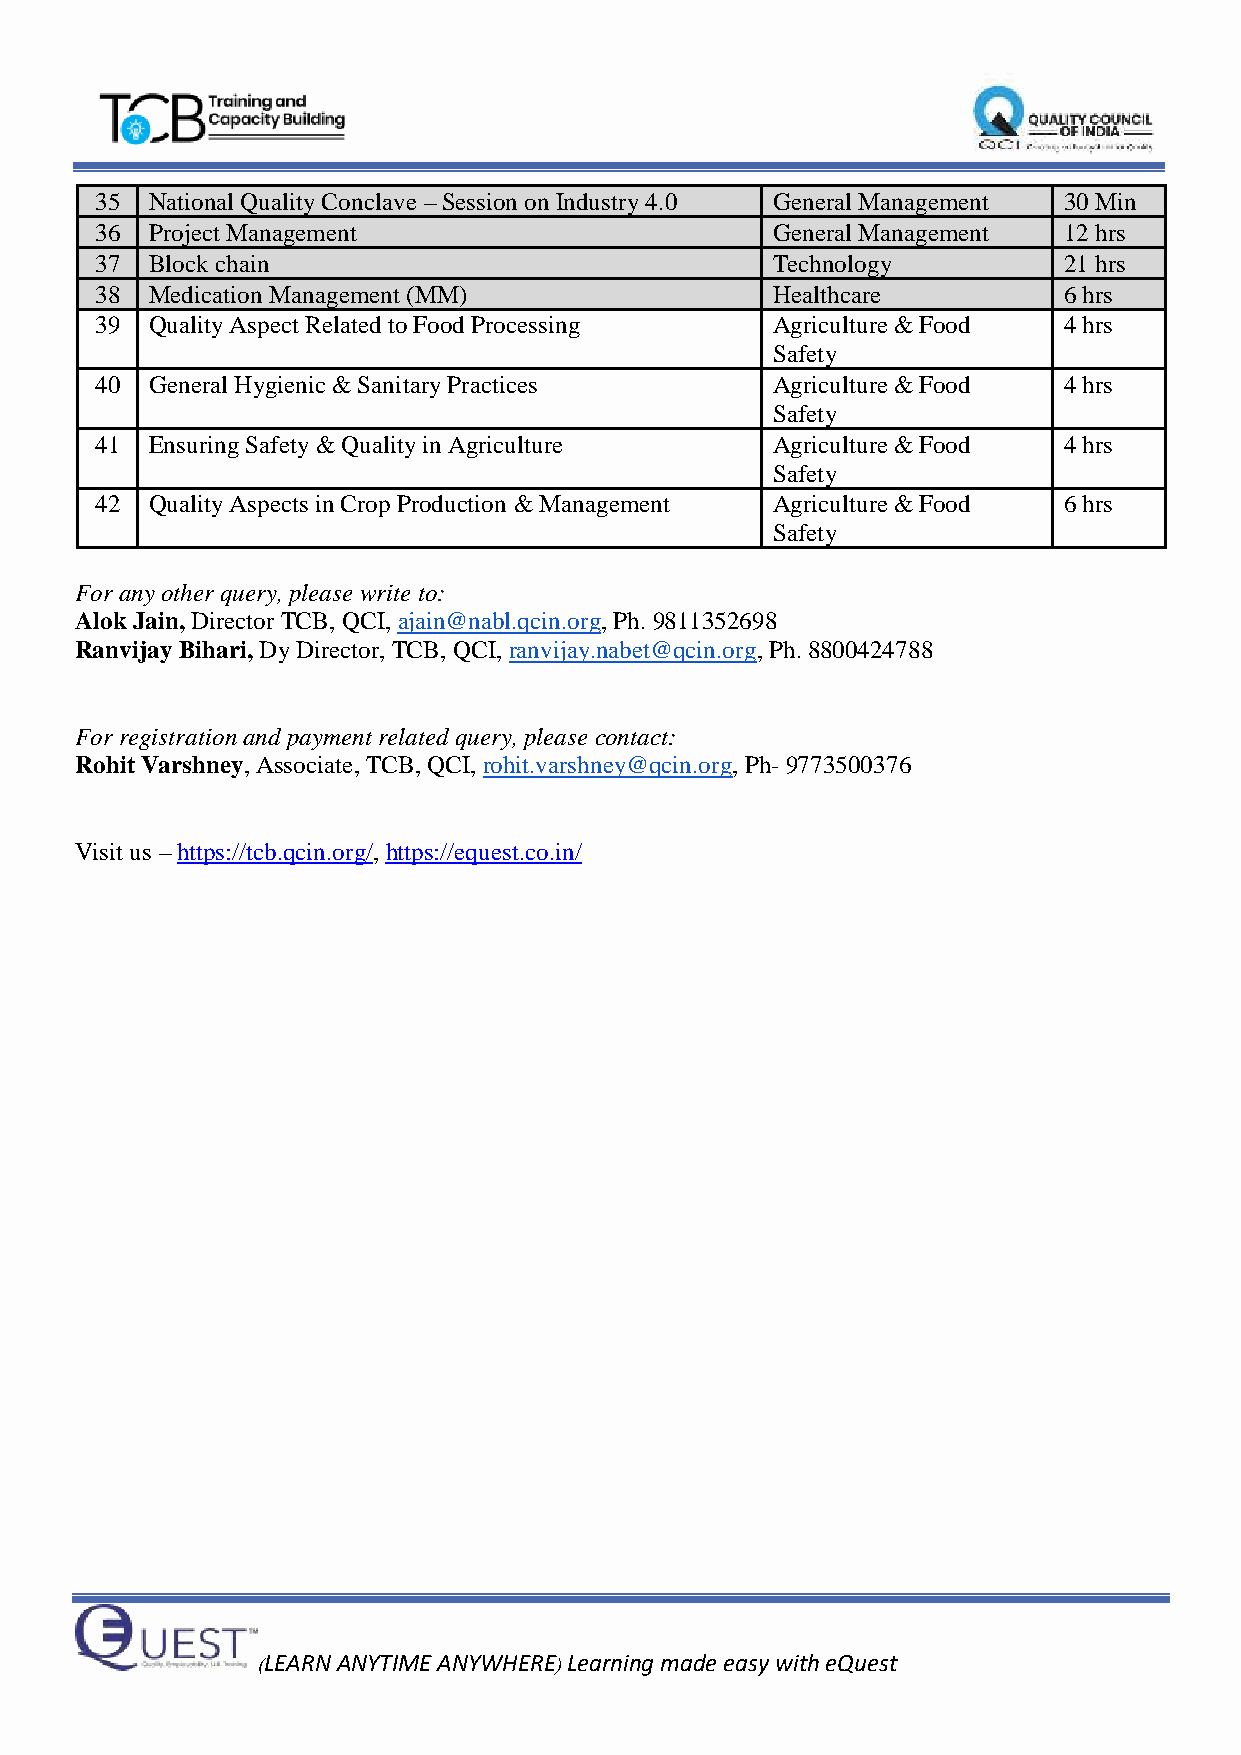
35  National Quality Conclave – Session on Industry 4.0 General Management 30 Min
 36  Project Management                       General Management 12 hrs
 37  Block chain                              Technology         21 hrs
 38  Medication Management (MM)               Healthcare         6 hrs
 39  Quality Aspect Related to Food Processing Agriculture & Food 4 hrs
 Safety
 40  General Hygienic & Sanitary Practices    Agriculture & Food 4 hrs
 Safety
 41  Ensuring Safety & Quality in Agriculture Agriculture & Food 4 hrs
 Safety
 42  Quality Aspects in Crop Production & Management Agriculture & Food 6 hrs
 Safety
 For any other query, please write to:
 Alok Jain, Director TCB, QCI, ajain@nabl.qcin.org, Ph. 9811352698
 Ranvijay Bihari, Dy Director, TCB, QCI, ranvijay.nabet@qcin.org, Ph. 8800424788
 For registration and payment related query, please contact:
 Rohit Varshney, Associate, TCB, QCI, rohit.varshney@qcin.org, Ph- 9773500376
 Visit us – https://tcb.qcin.org/, https://equest.co.in/
 (LEARN ANYTIME ANYWHERE) Learning made easy with eQuest